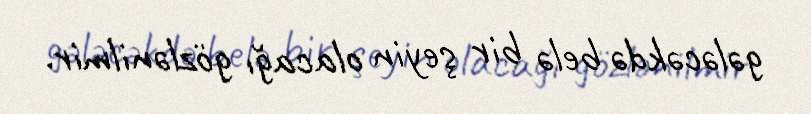
gələcəkdə belə bir şeyin olacağı gözlənilmir.